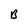
Character: B